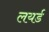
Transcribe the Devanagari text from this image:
लयर्ड